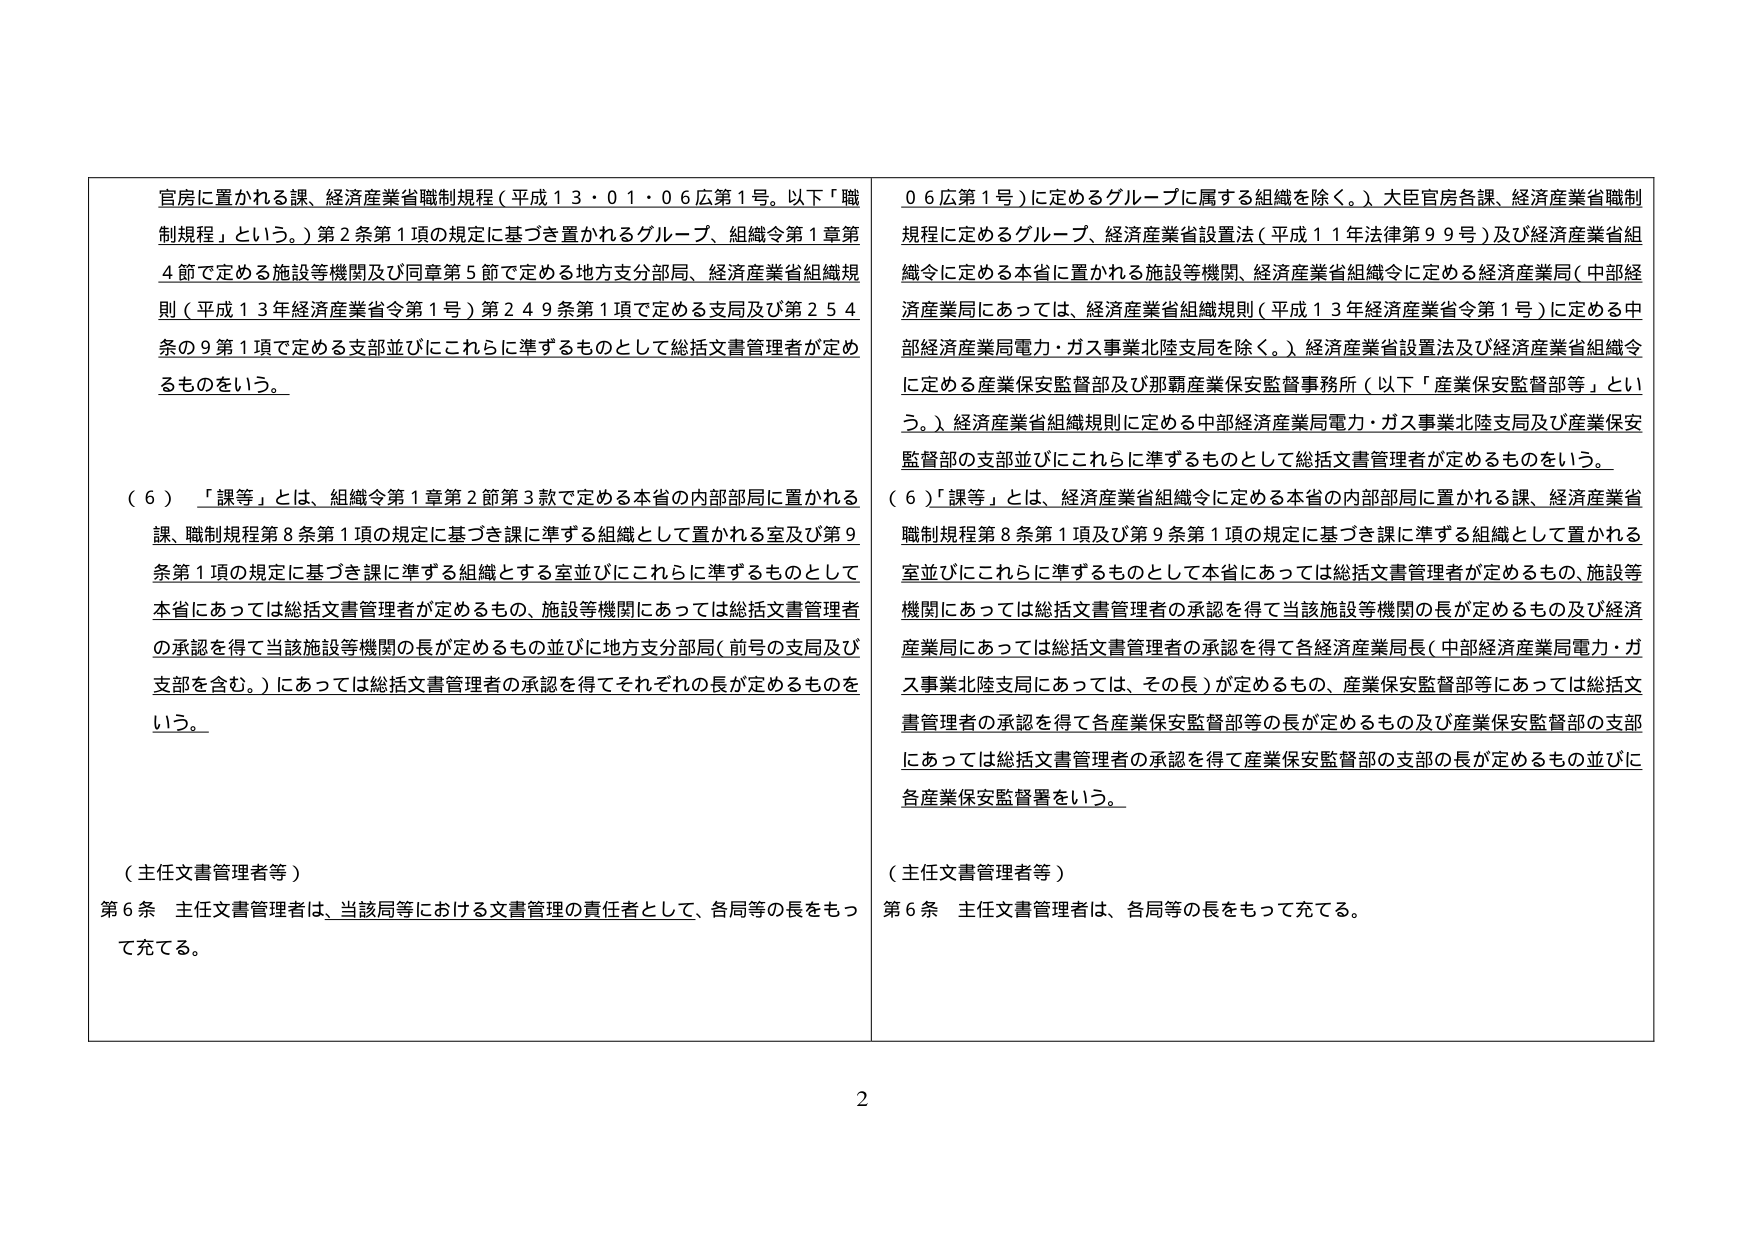
官房に置かれる課、経済産業省職制規程（平成１３・０１・０６広第１号。以下「職制規程」という。）第２条第１項の規定に基づき置かれるグループ、組織令第１章第４節で定める施設等機関及び同章第５節で定める地方支分部局、経済産業省組織規則（平成１３年経済産業省令第１号）第２４９条第１項で定める支局及び第２５４条の９第１項で定める支部並びにこれらに準ずるものとして総括文書管理者が定めるものをいう。

（６）「課等」とは、組織令第１章第２節第３款で定める本省の内部部局に置かれる課、職制規程第８条第１項の規定に基づき課に準ずる組織として置かれる室及び第９条第１項の規定に基づき課に準ずる組織とする室並びにこれらに準ずるものとして本省にあっては総括文書管理者が定めるもの、施設等機関にあっては総括文書管理者の承認を得て当該施設等機関の長が定めるもの並びに地方支分部局（前号の支局及び支部を含む。）にあっては総括文書管理者の承認を得てそれぞれの長が定めるものをいう。

（主任文書管理者等）
第６条 主任文書管理者は、当該局等における文書管理の責任者として、各局等の長をもって充てる。

０６広第１号）に定めるグループに属する組織を除く。）大臣官房各課、経済産業省職制規程に定めるグループ、経済産業省設置法（平成１１年法律第９９号）及び経済産業省組織令に定める本省に置かれる施設等機関、経済産業省組織令に定める経済産業局（中部経済産業局にあっては、経済産業省組織規則（平成１３年経済産業省令第１号）に定める中部経済産業局電力・ガス事業北陸支局を除く。）経済産業省設置法及び経済産業省組織令に定める産業保安監督部及び那覇産業保安監督事務所（以下「産業保安監督部等」という。）経済産業省組織規則に定める中部経済産業局電力・ガス事業北陸支局及び産業保安監督部の支部並びにこれらに準ずるものとして総括文書管理者が定めるものをいう。

（６）「課等」とは、経済産業省組織令に定める本省の内部部局に置かれる課、経済産業省職制規程第８条第１項及び第９条第１項の規定に基づき課に準ずる組織として置かれる室並びにこれらに準ずるものとして本省にあっては総括文書管理者が定めるもの、施設等機関にあっては総括文書管理者の承認を得て当該施設等機関の長が定めるもの及び経済産業局にあっては総括文書管理者の承認を得て各経済産業局長（中部経済産業局電力・ガス事業北陸支局にあっては、その長）が定めるもの、産業保安監督部等にあっては総括文書管理者の承認を得て各産業保安監督部等の長が定めるもの及び産業保安監督部の支部にあっては総括文書管理者の承認を得て産業保安監督部の支部の長が定めるもの並びに各産業保安監督署をいう。

（主任文書管理者等）
第６条 主任文書管理者は、各局等の長をもって充てる。

2